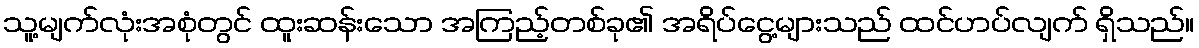
သူ့မျက်လုံးအစုံတွင် ထူးဆန်းသော အကြည့်တစ်ခု၏ အရိပ်ငွေ့များသည် ထင်ဟပ်လျက် ရှိသည်။